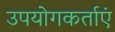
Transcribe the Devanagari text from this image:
उपयोगकर्ताएं